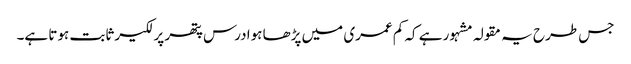
جس طرح یہ مقولہ مشہور ہے کہ کم عمری میں پڑھا ہوا درس پتھر پر لکیر ثابت ہوتا ہے۔